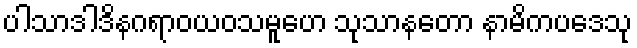
ပါသာဒါဒိနဂရာဝယဝသမူဟေ သုသာနတော နာမိကပဒေသု